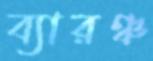
ব্যারঞ্চ